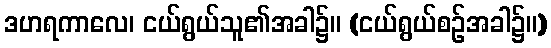
ဒဟရကာလေ၊ ငယ်ရွယ်သူ၏အခါ၌။ (ငယ်ရွယ်စဉ်အခါ၌။)